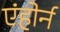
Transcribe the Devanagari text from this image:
एंहोर्न